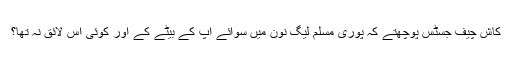
کاش چیف جسٹس پوچھتے کہ پوری مسلم لیگ نون میں سوائے آپ کے بیٹے کے اور کوئی اس لائق نہ تھا؟